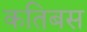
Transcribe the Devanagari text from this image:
कतिबस